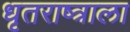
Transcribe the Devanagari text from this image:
धृतराष्त्राला